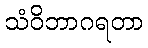
သံဝိဘာဂရတာ